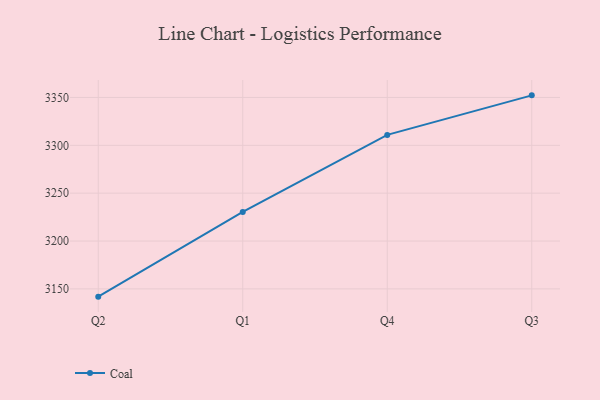
{"axis": {"x": "Quarter", "y": "Backlog"}, "legend": ["Coal"], "data": [{"x": "Q2", "y": 3141.9, "type": "Coal"}, {"x": "Q1", "y": 3230.4, "type": "Coal"}, {"x": "Q4", "y": 3310.9, "type": "Coal"}, {"x": "Q3", "y": 3352.2, "type": "Coal"}]}